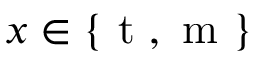
x \in \{ \mathrm { ~ t ~ } , \mathrm { ~ m ~ } \}